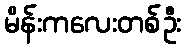
မိန်းကလေးတစ်ဦး